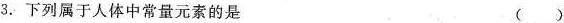
3. 下列属于人体中常量元素的是 （ ）